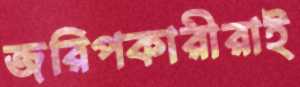
জরিপকারীরাই